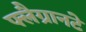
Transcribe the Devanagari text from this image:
फ्लैग्रानटे